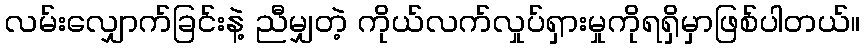
လမ်းလျှောက်ခြင်းနဲ့ ညီမျှတဲ့ ကိုယ်လက်လှုပ်ရှားမှုကိုရရှိမှာဖြစ်ပါတယ်။